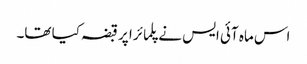
اس ماہ آئی ایس نے پلمائرا پر قبضہ کیا تھا۔